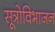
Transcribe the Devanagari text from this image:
सूत्रोविभाजन